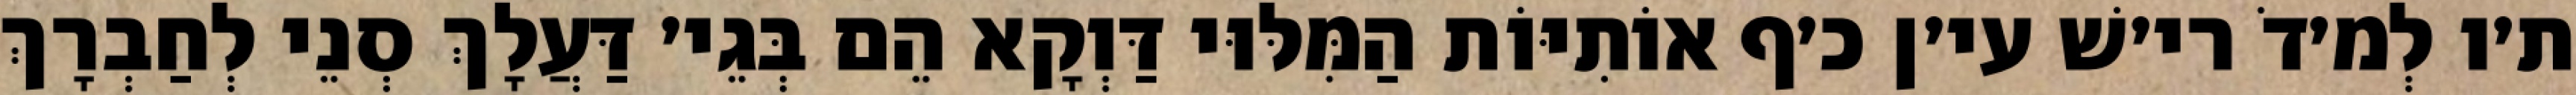
ת׳ו לְמ׳דֹ רי׳שׁ עי׳ן כ׳ף אוֹתִיּוֹת הַמִּלּוּי דַּוְקָא הֵם בְּגֵי׳ דַּעֲלָךְ סְנֵי לְחַבְרָךְ